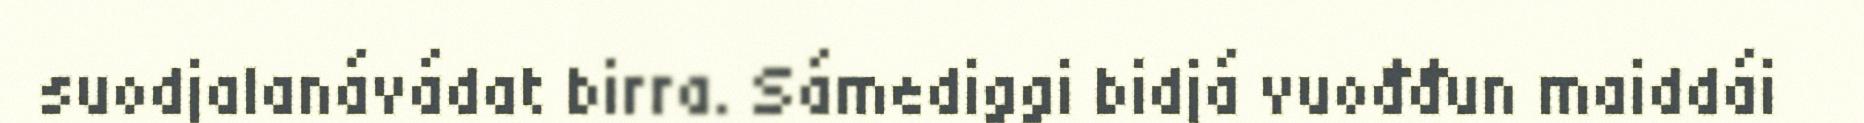
suodjalanávádat birra. Sámediggi bidjá vuođđun maiddái